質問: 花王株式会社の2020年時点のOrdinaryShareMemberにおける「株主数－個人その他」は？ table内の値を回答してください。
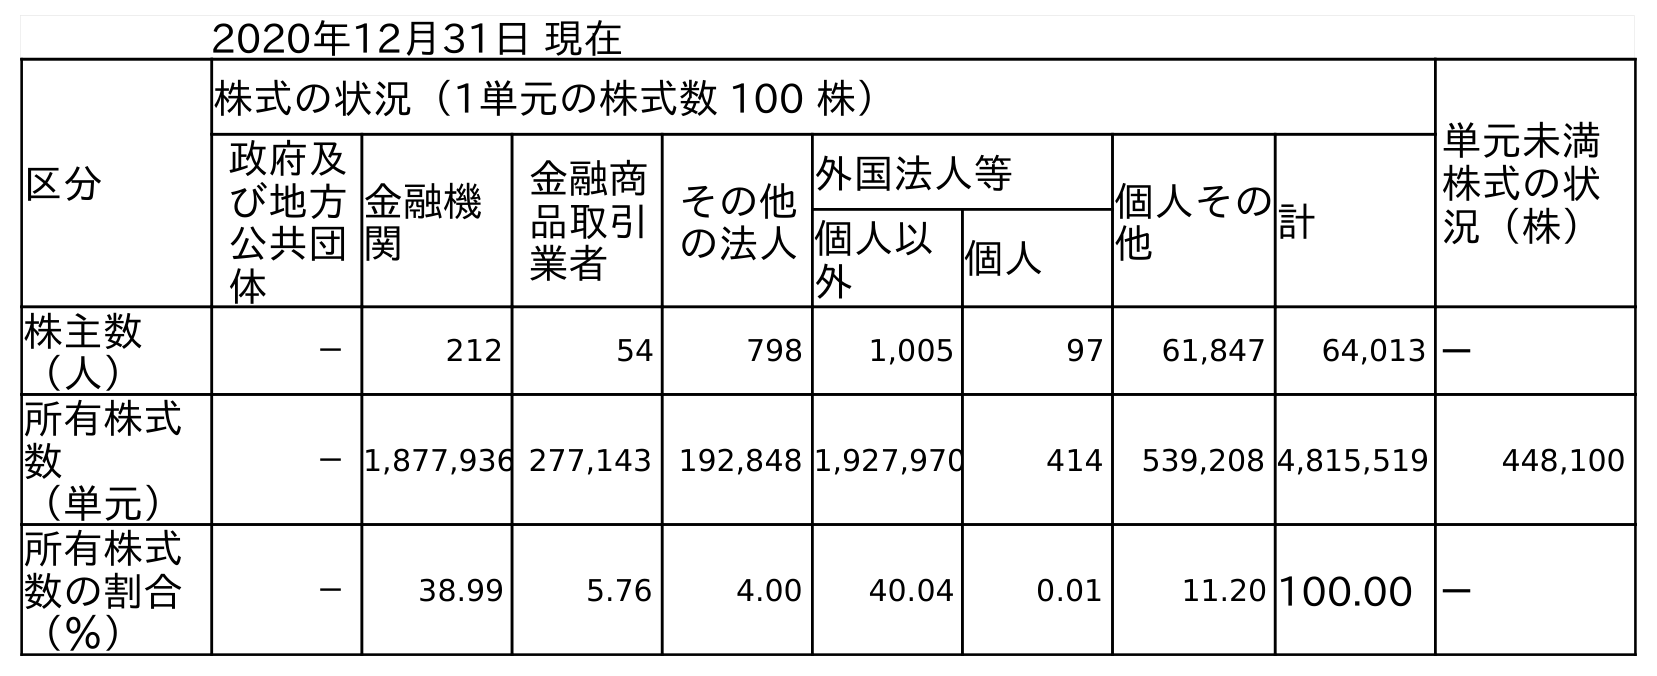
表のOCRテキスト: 2020年12月31日 現在 区分 株式の状況（1単元の株式数 100 株） 単元未満 株式の状 況（株） 政府及 び地方 公共団 体 金融機 関 金融商 品取引 業者 その他 の法人 外国法人等 個人その 他 計 個人以 外 個人 株主数 （人） － 212 54 798 1,005 97 61,847 64,013 － 所有株式 数 （単元） －1,877,936 277,143 192,848 1,927,970 414 539,208 4,815,519 448,100 所有株式 数の割合 （％） － 38.99 5.76 4.00 40.04 0.01 11.20 100.00 －
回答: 61,847